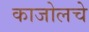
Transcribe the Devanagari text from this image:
काजोलचे